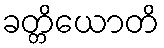
ခတ္တိယောတိ